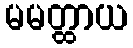
မမတ္ထာယ